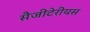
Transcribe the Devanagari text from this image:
सैजीटेरीयस